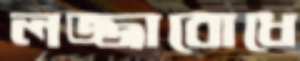
লজ্জাবোধে